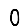
Digit: 0